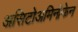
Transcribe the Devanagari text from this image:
असिटोअमिनोफेन